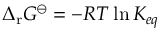
\Delta _ { \mathrm { r } } G ^ { \ominus } = - R T \ln K _ { e q }